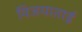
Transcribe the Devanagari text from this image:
विजयाताई